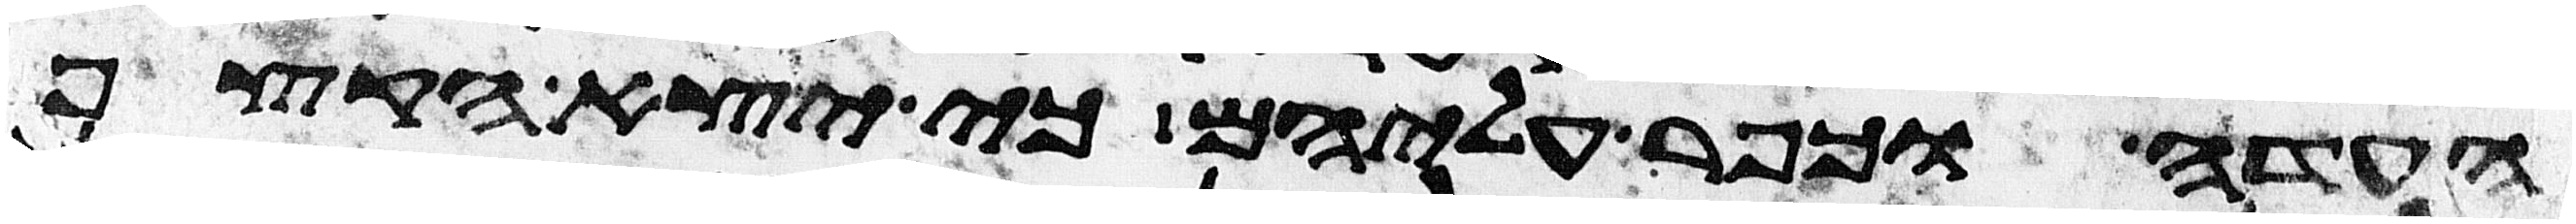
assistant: העדה וכפר עליהם כי יצא הקצף